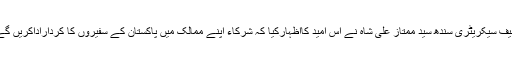
چیف سیکریٹری سندھ سید ممتاز علی شاہ نے اس امید کااظہارکیا کہ شرکاء اپنے ممالک میں پاکستان کے سفیروں کا کرداراداکریں گے۔